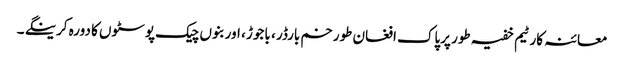
معائنہ کار ٹیم خفیہ طور پرپاک افغان طورخم بارڈر ، باجوڑ ، اور بنوں چیک پوسٹوں کا دورہ کرینگے ۔